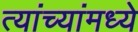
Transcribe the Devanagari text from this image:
त्यांच्यांमध्ये